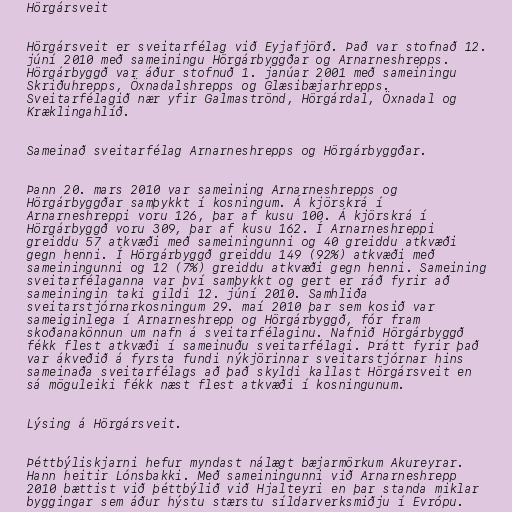
Hörgársveit

Hörgársveit er sveitarfélag við Eyjafjörð. Það var stofnað 12.
júní 2010 með sameiningu Hörgárbyggðar og Arnarneshrepps.
Hörgárbyggð var áður stofnuð 1. janúar 2001 með sameiningu
Skriðuhrepps, Öxnadalshrepps og Glæsibæjarhrepps.
Sveitarfélagið nær yfir Galmaströnd, Hörgárdal, Öxnadal og
Kræklingahlíð.

Sameinað sveitarfélag Arnarneshrepps og Hörgárbyggðar.

Þann 20. mars 2010 var sameining Arnarneshrepps og
Hörgárbyggðar samþykkt í kosningum. Á kjörskrá í
Arnarneshreppi voru 126, þar af kusu 100. Á kjörskrá í
Hörgárbyggð voru 309, þar af kusu 162. Í Arnarneshreppi
greiddu 57 atkvæði með sameiningunni og 40 greiddu atkvæði
gegn henni. Í Hörgárbyggð greiddu 149 (92%) atkvæði með
sameiningunni og 12 (7%) greiddu atkvæði gegn henni. Sameining
sveitarfélaganna var því samþykkt og gert er ráð fyrir að
sameiningin taki gildi 12. júní 2010. Samhliða
sveitarstjórnarkosningum 29. maí 2010 þar sem kosið var
sameiginlega í Arnarneshrepp og Hörgárbyggð, fór fram
skoðanakönnun um nafn á sveitarfélaginu. Nafnið Hörgárbyggð
fékk flest atkvæði í sameinuðu sveitarfélagi. Þrátt fyrir það
var ákveðið á fyrsta fundi nýkjörinnar sveitarstjórnar hins
sameinaða sveitarfélags að það skyldi kallast Hörgársveit en
sá möguleiki fékk næst flest atkvæði í kosningunum.

Lýsing á Hörgársveit.

Þéttbýliskjarni hefur myndast nálægt bæjarmörkum Akureyrar.
Hann heitir Lónsbakki. Með sameiningunni við Arnarneshrepp
2010 bættist við þéttbýlið við Hjalteyri en þar standa miklar
byggingar sem áður hýstu stærstu síldarverksmiðju í Evrópu.